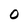
Character: 0